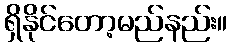
ရှိနိုင်တော့မည်နည်း။